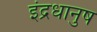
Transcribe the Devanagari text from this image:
इंद्रधानुष